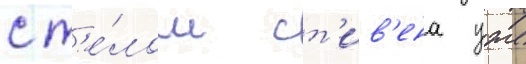
с т'е́лом ст'ив'ена уже